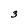
Character: 3